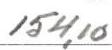
154,10